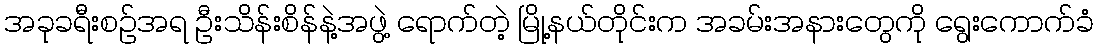
အခုခရီးစဉ်အရ ဦးသိန်းစိန်နဲ့အဖွဲ့ ရောက်တဲ့ မြို့နယ်တိုင်းက အခမ်းအနားတွေကို ရွေးကောက်ခံ